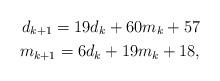
LaTeX: \begin{align*}d_{k+1} = 19d_k + 60m_k + 57 \\m_{k+1} = 6d_k + 19m_k + 18,\end{align*}